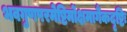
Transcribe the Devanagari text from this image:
भवगुणपरमेष्टिर्मोक्षमार्गैकदृष्टिः